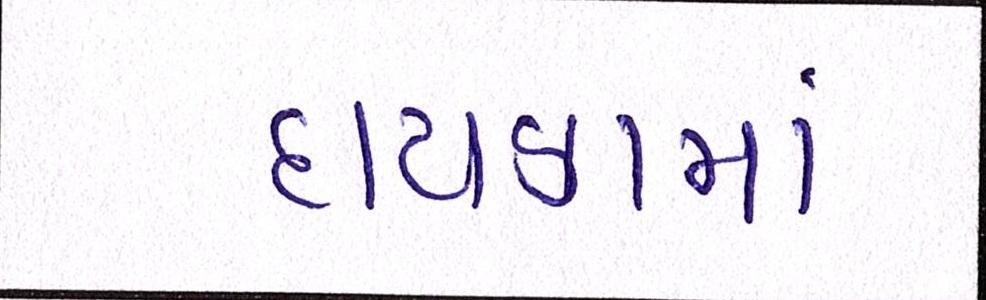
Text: દાયકામાં